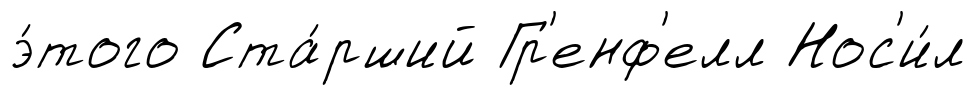
э́того Ста́рший Гр'енф'елл Нос'и́л